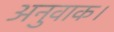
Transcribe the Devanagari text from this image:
अनुवाक।